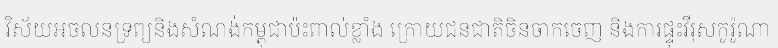
វិស័យអចលនទ្រព្យនិងសំណង់កម្ពុជាប៉ះពាល់ខ្លាំង ក្រោយជនជាតិចិនចាកចេញ និងការផ្ទុះវីរុសកូរ៉ូណា